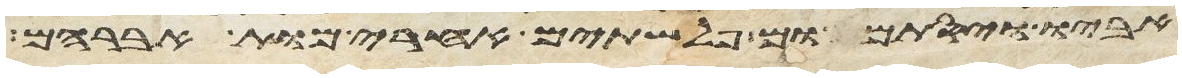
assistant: אביו ויסתמום פלשתים אחרי מות אברהם